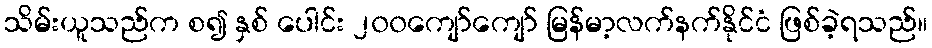
သိမ်းယူသည်က စ၍ နှစ် ပေါင်း ၂၀၀ကျော်ကျော် မြန်မာ့လက်နက်နိုင်ငံ ဖြစ်ခဲ့ရသည်။